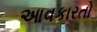
આવકારતો